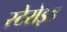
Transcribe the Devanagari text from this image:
स्टेरोइड